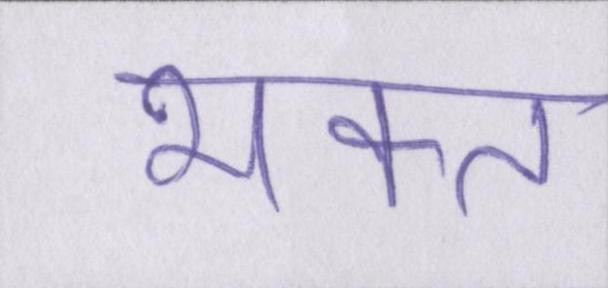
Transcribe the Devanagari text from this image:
भक्त